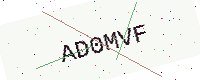
Text: AD0MVF